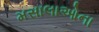
મસાલાઓના